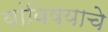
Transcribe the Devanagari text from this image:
यांविषयाचे